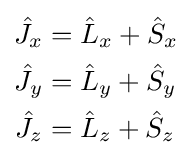
{\begin{aligned}{\hat {J}}_{x}&={\hat {L}}_{x}+{\hat {S}}_{x}\\{\hat {J}}_{y}&={\hat {L}}_{y}+{\hat {S}}_{y}\\{\hat {J}}_{z}&={\hat {L}}_{z}+{\hat {S}}_{z}\end{aligned}}